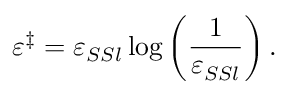
\varepsilon ^ { \ddagger } = \varepsilon _ { S S l } \log \left( \frac { 1 } { \varepsilon _ { S S l } } \right) .